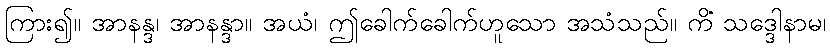
ကြား၍။ အာနန္ဒ၊ အာနန္ဒာ။ အယံ၊ ဤခေါက်ခေါက်ဟူသော အသံသည်။ ကိံ သဒ္ဒေါနာမ၊